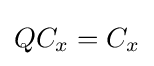
QC_{x}=C_{x}